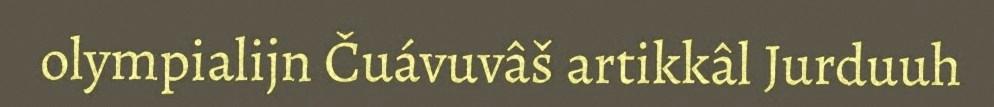
olympialijn Čuávuvâš artikkâl Jurduuh